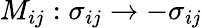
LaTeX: M_{ij}:\sigma_{ij}\rightarrow-\sigma_{ij}